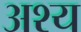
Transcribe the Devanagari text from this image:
अश्य